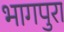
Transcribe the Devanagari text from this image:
भागपुरा